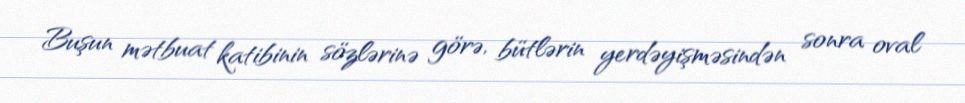
Buşun mətbuat katibinin sözlərinə görə, bütlərin yerdəyişməsindən sonra oval